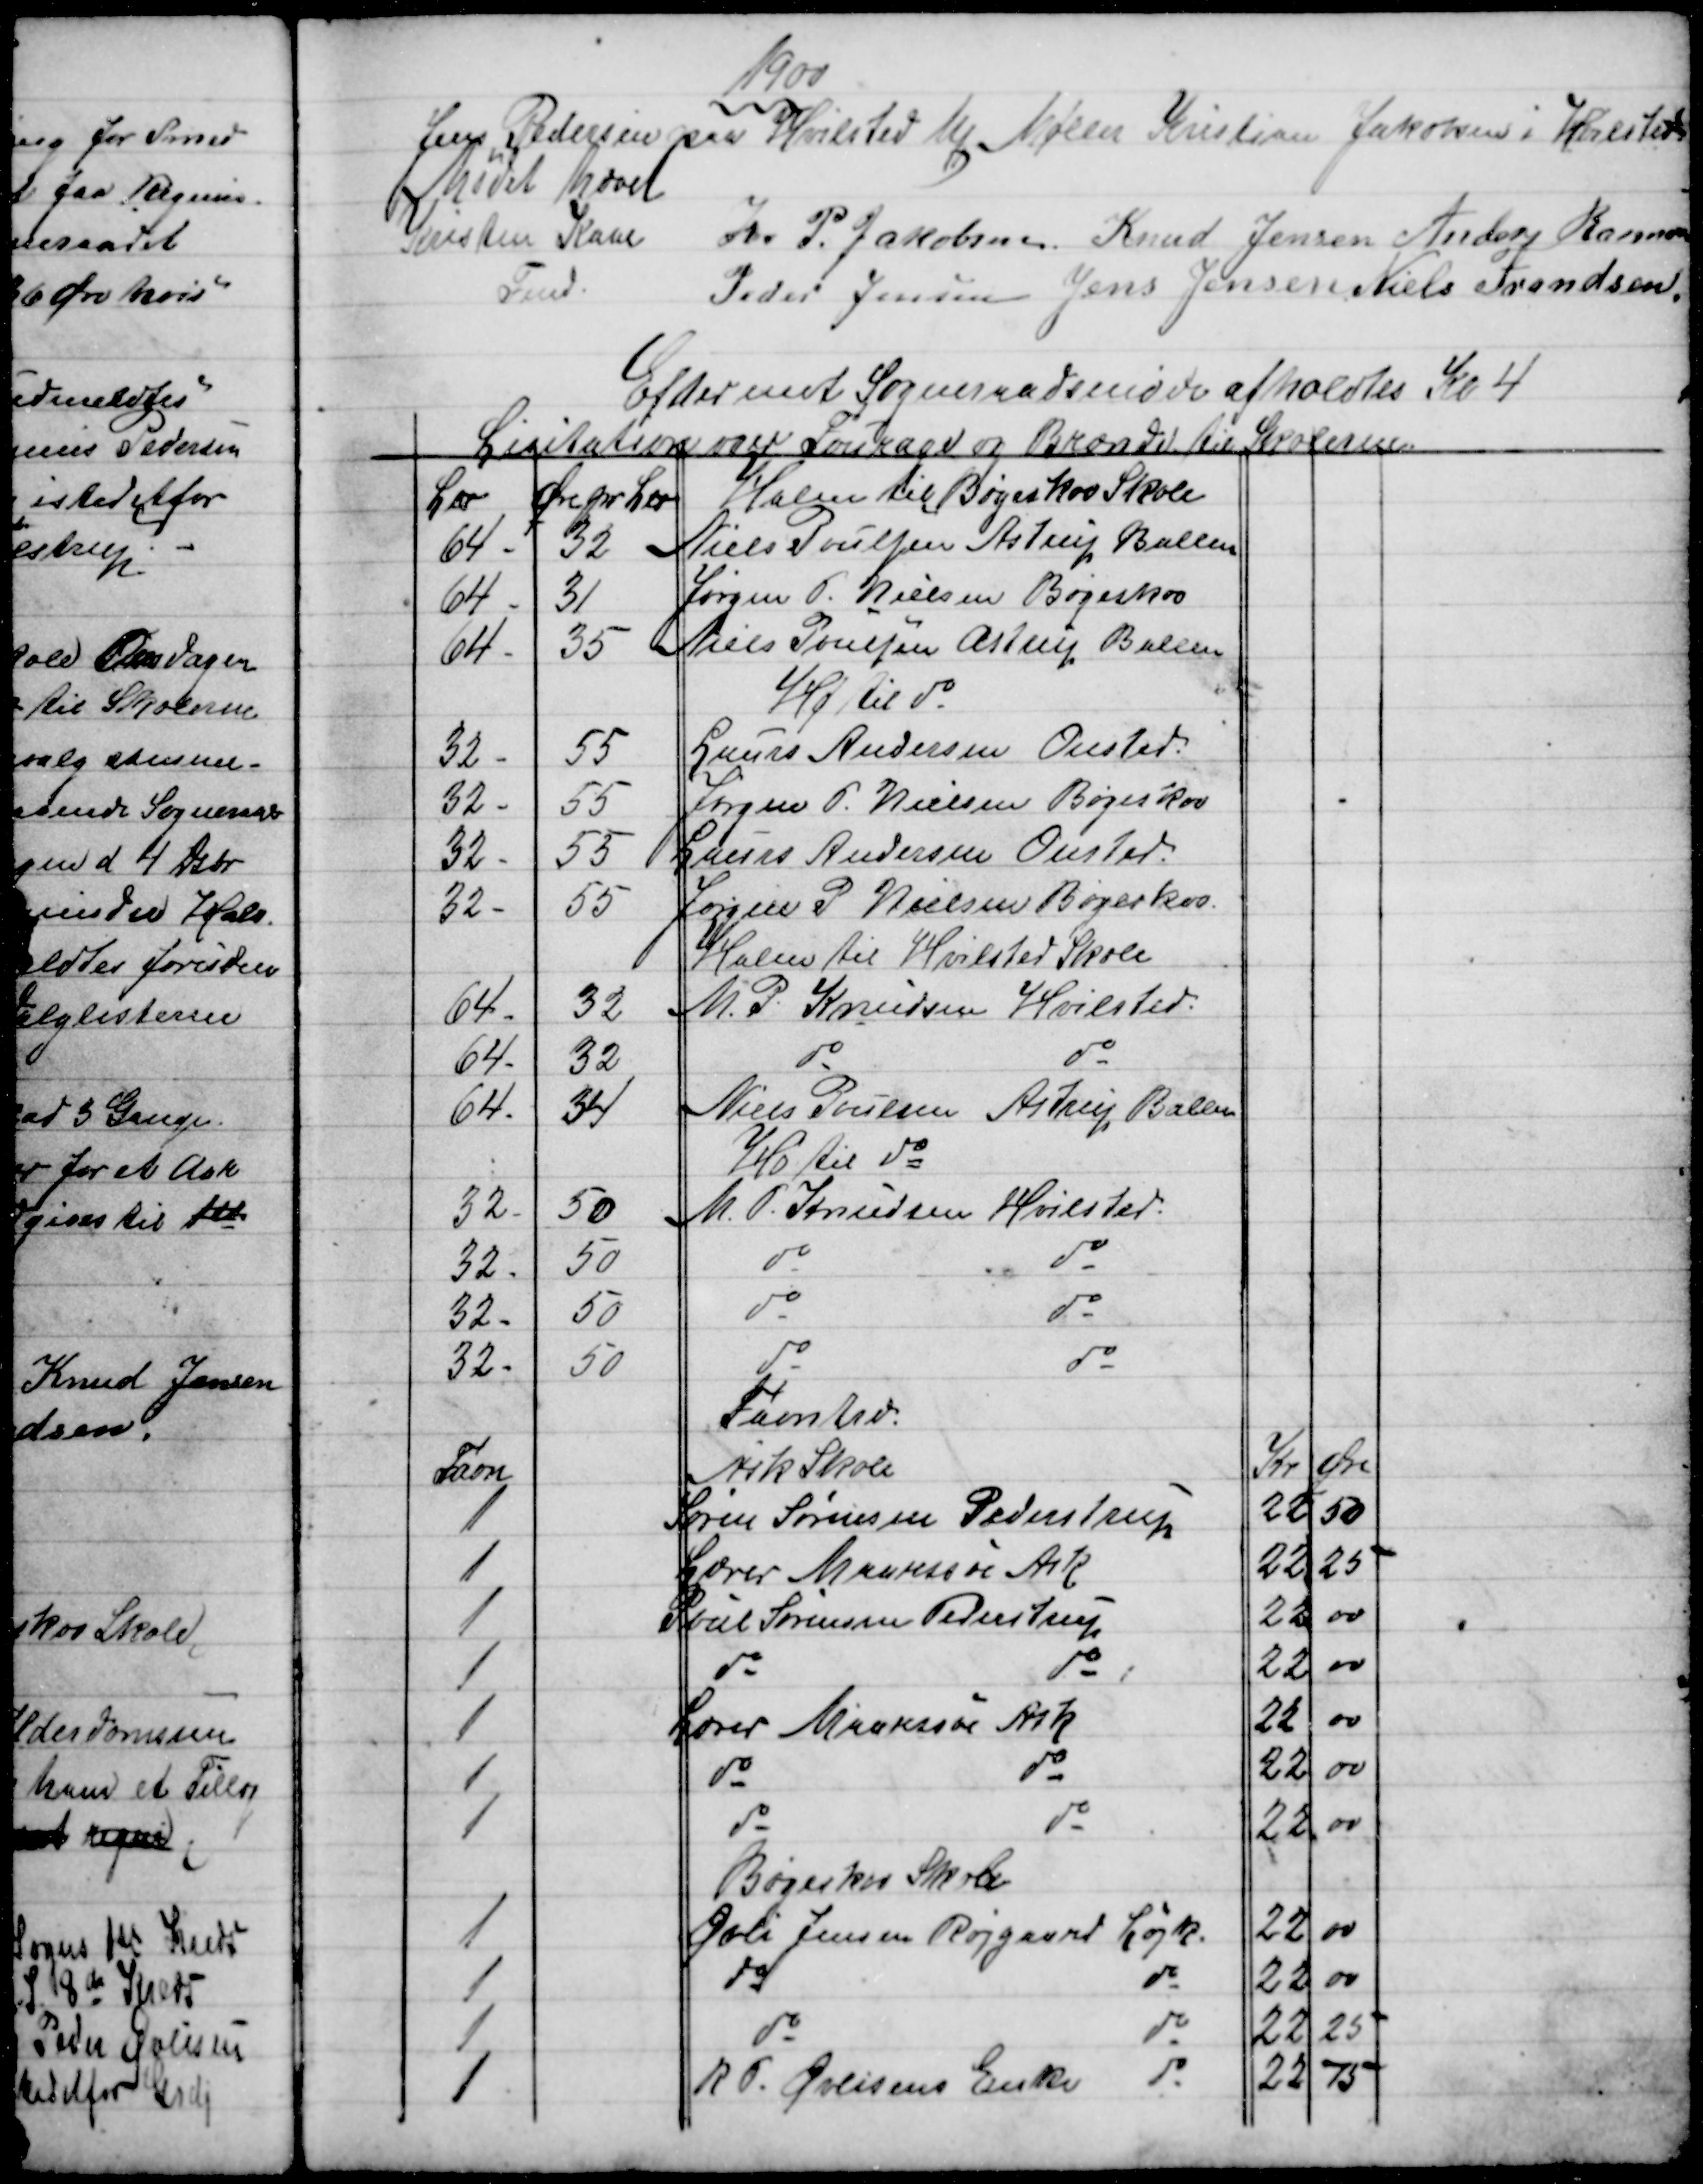
Transskription:
1900
Jens Pedersen paa Hvilsted Mk Møller Kristian Jakobsen i Hvilsted
Mødet hævet
Kristen Kaae 
Fmd.
Kr. P. Jakobsen Knud Jensen Anders Rasmussen
Peder Jensen Jens Jensen Niels Frandsen
Efter endt Sogneraadsmøde afholdtes Kl 4
Lisitation over Fourage og Brænde til Skolerne
L℔
Øre pr L℔
Halm til Bøgeskov Skole
64
32
Niels Poulsen Astrup Ballen
64
31
Jørgen P. Nielsen Bøgeskov
64
35
Niels Poulsen Astrup Ballen
Hø til do
32
55
Laurs Andersen Onsted.
32
55
Jørgen P. Nielsen Bøgeskov
32
55
Laurs Andersen Onsted.
32
55
Jørgen P Nielsen Bøgeskov.
Halm til Hvilsted Skole
64
32
M. P. Knudsen Hvilsted.
64
32
do
do
64
34
Niels Poulsen Astrup Ballen
Hø til do
32
50
M. P. Knudsen Hvilsted.
32
50
do
do
32
50
do
do
32
50
do
do
Favntræ
Favn
Ask Skole
Kr
Øre
1
Søren Sørensen Pederstrup
22
50
1
Lærer Maarssøe Ask
22
25
1
Poul Sørensen Pederstrup
22
00
1
do
do
22
00
1
Lærer Maarssøe Ask
22
00
1
do
do
22
00
1
do
do
22
00
Bøgeskov Skole
1
Øvli Jensen Røjgaard Løjk.
22
00
1
do
do
22
00
1
do
do
22
25
1
R. P. Øvlisens Enke
do
22
75